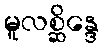
မူလစ္ဆိန္ဒေ